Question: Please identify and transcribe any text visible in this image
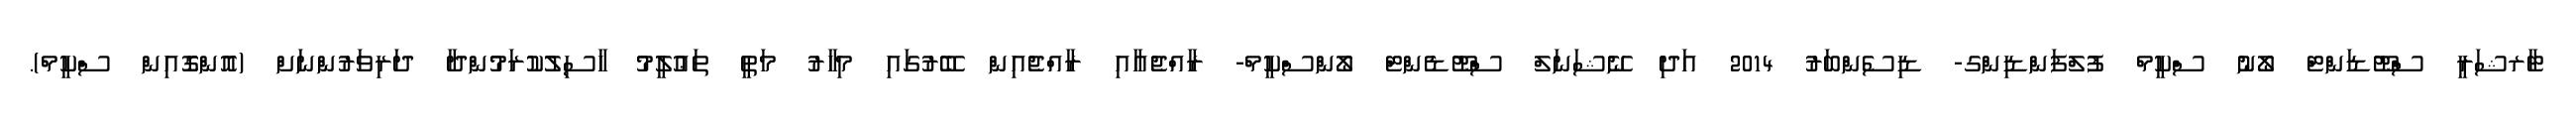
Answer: ޓާރޝަރީ ސްޓޫޑަންޓް ލޯނު ސްކީމް ފުލްފަންޑިންގ- ޑިސެންބަރު 2014 އަދި ނޭޝަނަލް ސްޓޫޑެންޓް ލޯންސްކީމް- ރާއްޖެއާއި ރާއްޖެއިން ބޭރުގައި މިހާރު މަތީ ތަޢުލީމު ހާސިލުކުރަމުންދާ ދަރިވަރުންނަށް (އޮންގޮއިން ސްކީމް).